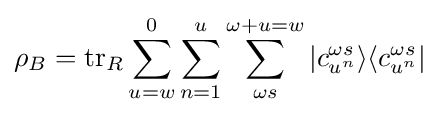
\rho _{B}=\operatorname {tr} _{R}\sum _{u=w}^{0}\sum _{n=1}^{u}\sum _{\omega {}s}^{\omega +u=w}|c_{u^{n}}^{\omega {}s}\rangle \langle c_{u^{n}}^{\omega {}s}|